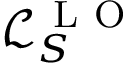
\mathcal { L } _ { S } ^ { \mathrm { ~ L ~ O ~ } }